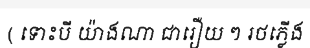
( ទោះបី យ៉ាងណា ជារឿយ ៗ រថភ្លើង